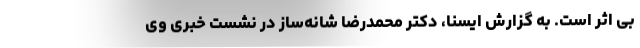
بی اثر است. به گزارش ایسنا، دکتر محمدرضا شانه‌ساز در نشست خبری وی